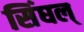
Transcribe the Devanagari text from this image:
सिंघल्